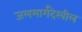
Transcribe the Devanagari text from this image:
जलमार्गदेखील